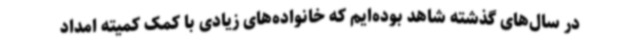
در سال‌های گذشته شاهد بوده‌ایم که خانواده‌های زیادی با کمک کمیته امداد